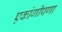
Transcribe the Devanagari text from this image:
एकांगीपणा